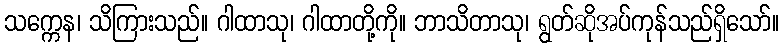
သက္ကေန၊ သိကြားသည်။ ဂါထာသု၊ ဂါထာတို့ကို။ ဘာသိတာသု၊ ရွတ်ဆိုအပ်ကုန်သည်ရှိသော်။